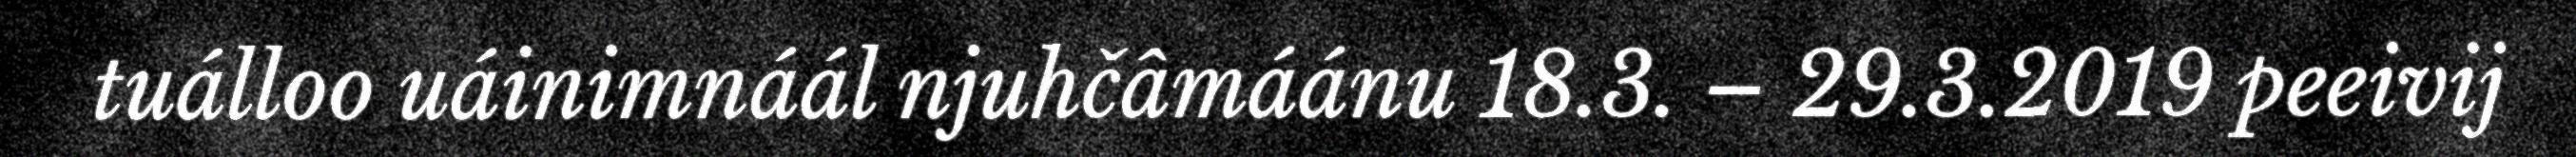
tuálloo uáinimnáál njuhčâmáánu 18.3. – 29.3.2019 peeivij